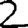
Digit: 2